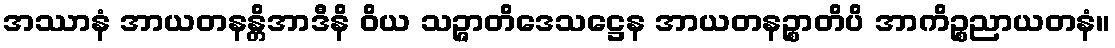
အဿာနံ အာယတနန္တိအာဒီနိ ဝိယ သဉ္ဇာတိဒေသဋ္ဌေန အာယတနဉ္စာတိပိ အာကိဉ္စညာယတနံ။